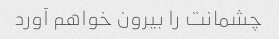
چشمانت را بیرون خواهم آورد